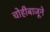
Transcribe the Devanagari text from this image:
चोहीबाजूने